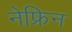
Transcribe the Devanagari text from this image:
नेफ्रिन